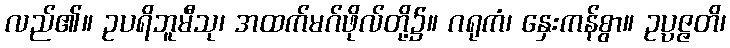
လည်၏။ ဥပရိဘူမီသု၊ အထက်မဂ်ဖိုလ်တို့၌။ ဂရုကံ၊ နှေးကန်စွာ။ ဥပ္ပဇ္ဇတိ၊